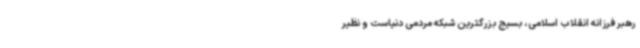
رهبر فرزانه انقلاب اسلامی، بسیج بزرگترین شبکه مردمی دنیاست و نظیر